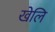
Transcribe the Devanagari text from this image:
खेलि